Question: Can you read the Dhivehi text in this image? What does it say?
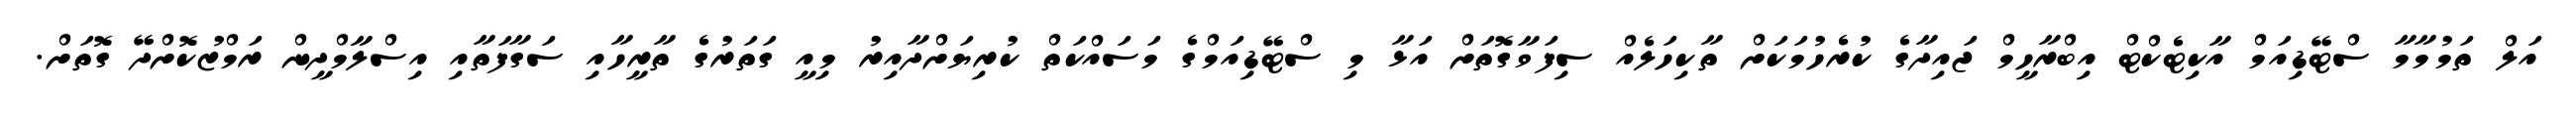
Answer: އަލް ތަމުމާމާ ސްޓޭޑިއަމް އާކިޓެކްޓް އިބްރާހީމް ޖައިދާގެ ކުރެހުމަކަށް ތާކިހަލެއް ސިފަވާގޮތަށް އަޅާ މި ސްޓޭޑިއަމްގެ މަސައްކަތް ކުރިޔަށްދާއިރު މިއީ ގަތަރުގެ ތާރީހާއި ސަގާފަތާއި އިސްލާމްދީން ރަމްޒުކޮށްދޭ ގޮތަށް.